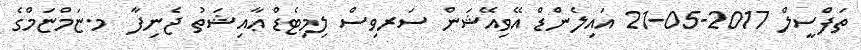
ތަފްސީލް 2017-05-21 އައިލެންޑް އޭވިއޭޝަން ސަރވިސް ލިމިޓެޑް ޢާއިޝަތު ޖެނިފާ  މ.ޏަމްޏަމްގެ